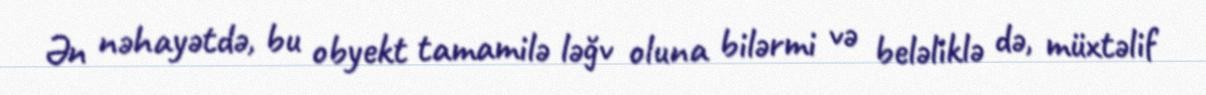
Ən nəhayətdə, bu obyekt tamamilə ləğv oluna bilərmi və beləliklə də, müxtəlif